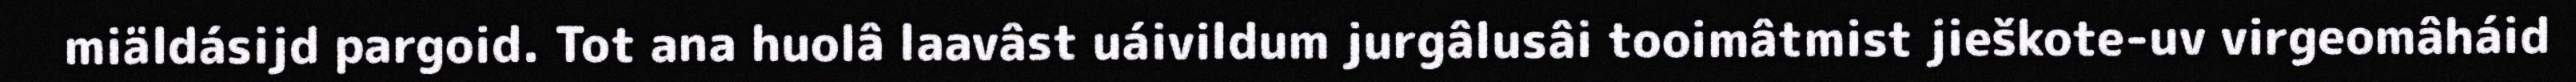
miäldásijd pargoid. Tot ana huolâ laavâst uáivildum jurgâlusâi tooimâtmist jieškote-uv virgeomâháid